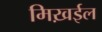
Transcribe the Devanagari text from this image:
मिख़ईल